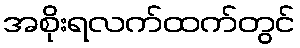
အစိုးရလက်ထက်တွင်